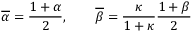
\overline { { \alpha } } = \frac { 1 + \alpha } { 2 } , \qquad \overline { { \beta } } = \frac { \kappa } { 1 + \kappa } \frac { 1 + \beta } { 2 }